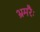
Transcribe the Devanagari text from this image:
भ्रमरैः